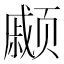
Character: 𫖹